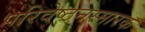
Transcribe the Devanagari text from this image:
परिवेष्ठनस्मारक